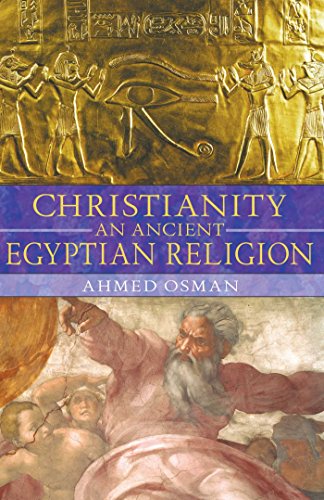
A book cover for Christianity: An Ancient Egyptian Religion; Ahmed Osman; History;